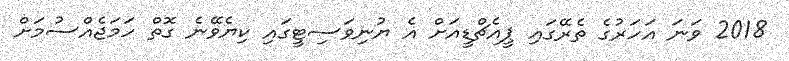
2018 ވަނަ އަހަރުގެ ތެރޭގައި ޕީއެޗްޑީއަށް އެ ޔުނިވަސިޓީގައި ކިޔެވޭނެ ގޮތް ހަމަޖެއްސުމަށް